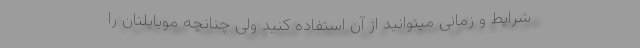
شرایط و زمانی میتوانید از آن استفاده کنید ولی چنانچه موبایلتان را